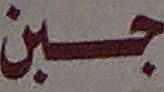
جبن